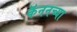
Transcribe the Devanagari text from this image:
कॅननच्या